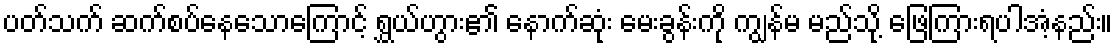
ပတ်သက် ဆက်စပ်နေသောကြောင့် ရွှယ်ဟွား၏ နောက်ဆုံး မေးခွန်းကို ကျွန်မ မည်သို့ ဖြေကြားရပါအံ့နည်း။